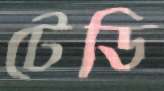
টেডি